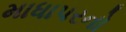
માધાપરનો